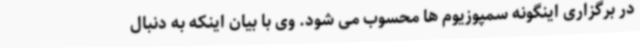
در برگزاری اینگونه سمپوزیوم ها محسوب می شود. وی با بیان اینکه به دنبال